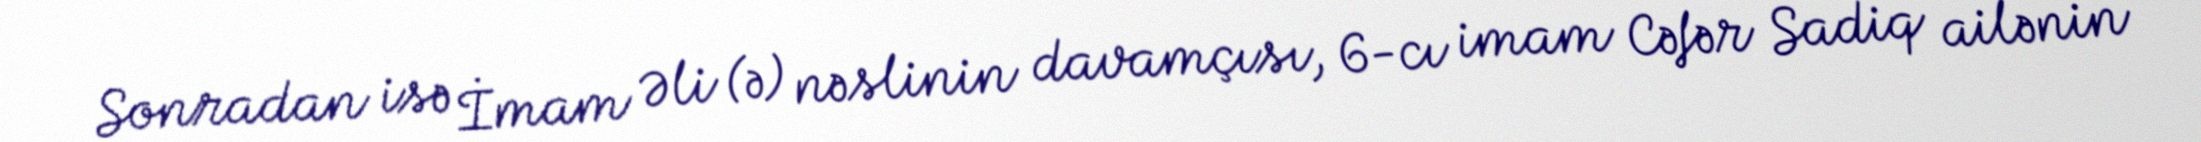
Sonradan isə İmam Əli (ə) nəslinin davamçısı, 6-cı imam Cəfər Sadiq ailənin